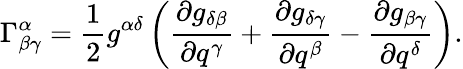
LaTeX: \Gamma_{\beta\gamma}^{\alpha}=\frac 12g^{\alpha\delta}\left(\frac{\partial g_{\delta\beta}}{\partial q^{\gamma}}+\frac{\partial g_{\delta\gamma}}{\partial q^{\beta}}-\frac{\partial g_{\beta\gamma}}{\partial q^{\delta}}\right).